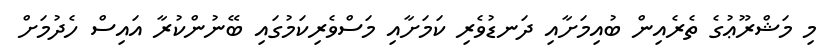
މި މަޝްރޫޢުގެ ތެރެއިން ބުއިމަށާއި ދަނޑުވެރި ކަމަށާއި މަސްވެރިކަމުގައި ބޭނުންކުރާ އައިސް ހެދުމަށް